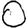
Digit: 0